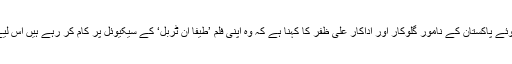
انڈیپینڈنٹ اردو سے بات کرتے ہوئے پاکستان کے نامور گلوکار اور اداکار علی ظفر کا کہنا ہے کہ وہ اپنی فلم ’طیفا ان ٹربل‘ کے سیکیوئل پر کام کر رہے ہیں اس لیے وہ بڑی سکرین سے غائب ہیں۔